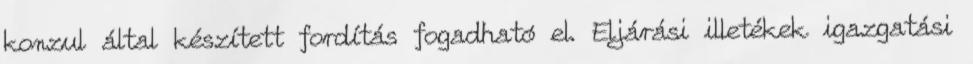
konzul által készített fordítás fogadható el. Eljárási illetékek igazgatási